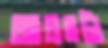
আগ্রহটা